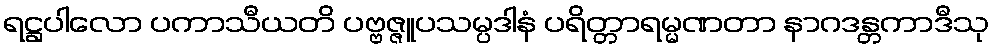
ရဋ္ဌပါလော ပကာသီယတိ ပဗ္ဗဇ္ဇူပသမ္ပဒါနံ ပရိတ္တာရမ္မဏတာ နာဂဒန္တကာဒီသု